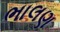
ભાલણ